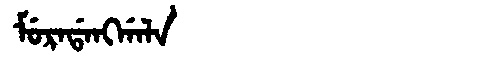
Manchu: ᠮᡠᡵᠠᡩᠠᠩᡤᠠᠯᠠ
Romanization: MURADANGGALA